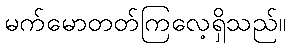
မက်မောတတ်ကြလေ့ရှိသည်။